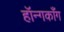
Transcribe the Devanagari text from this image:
हॉन्गकाँग